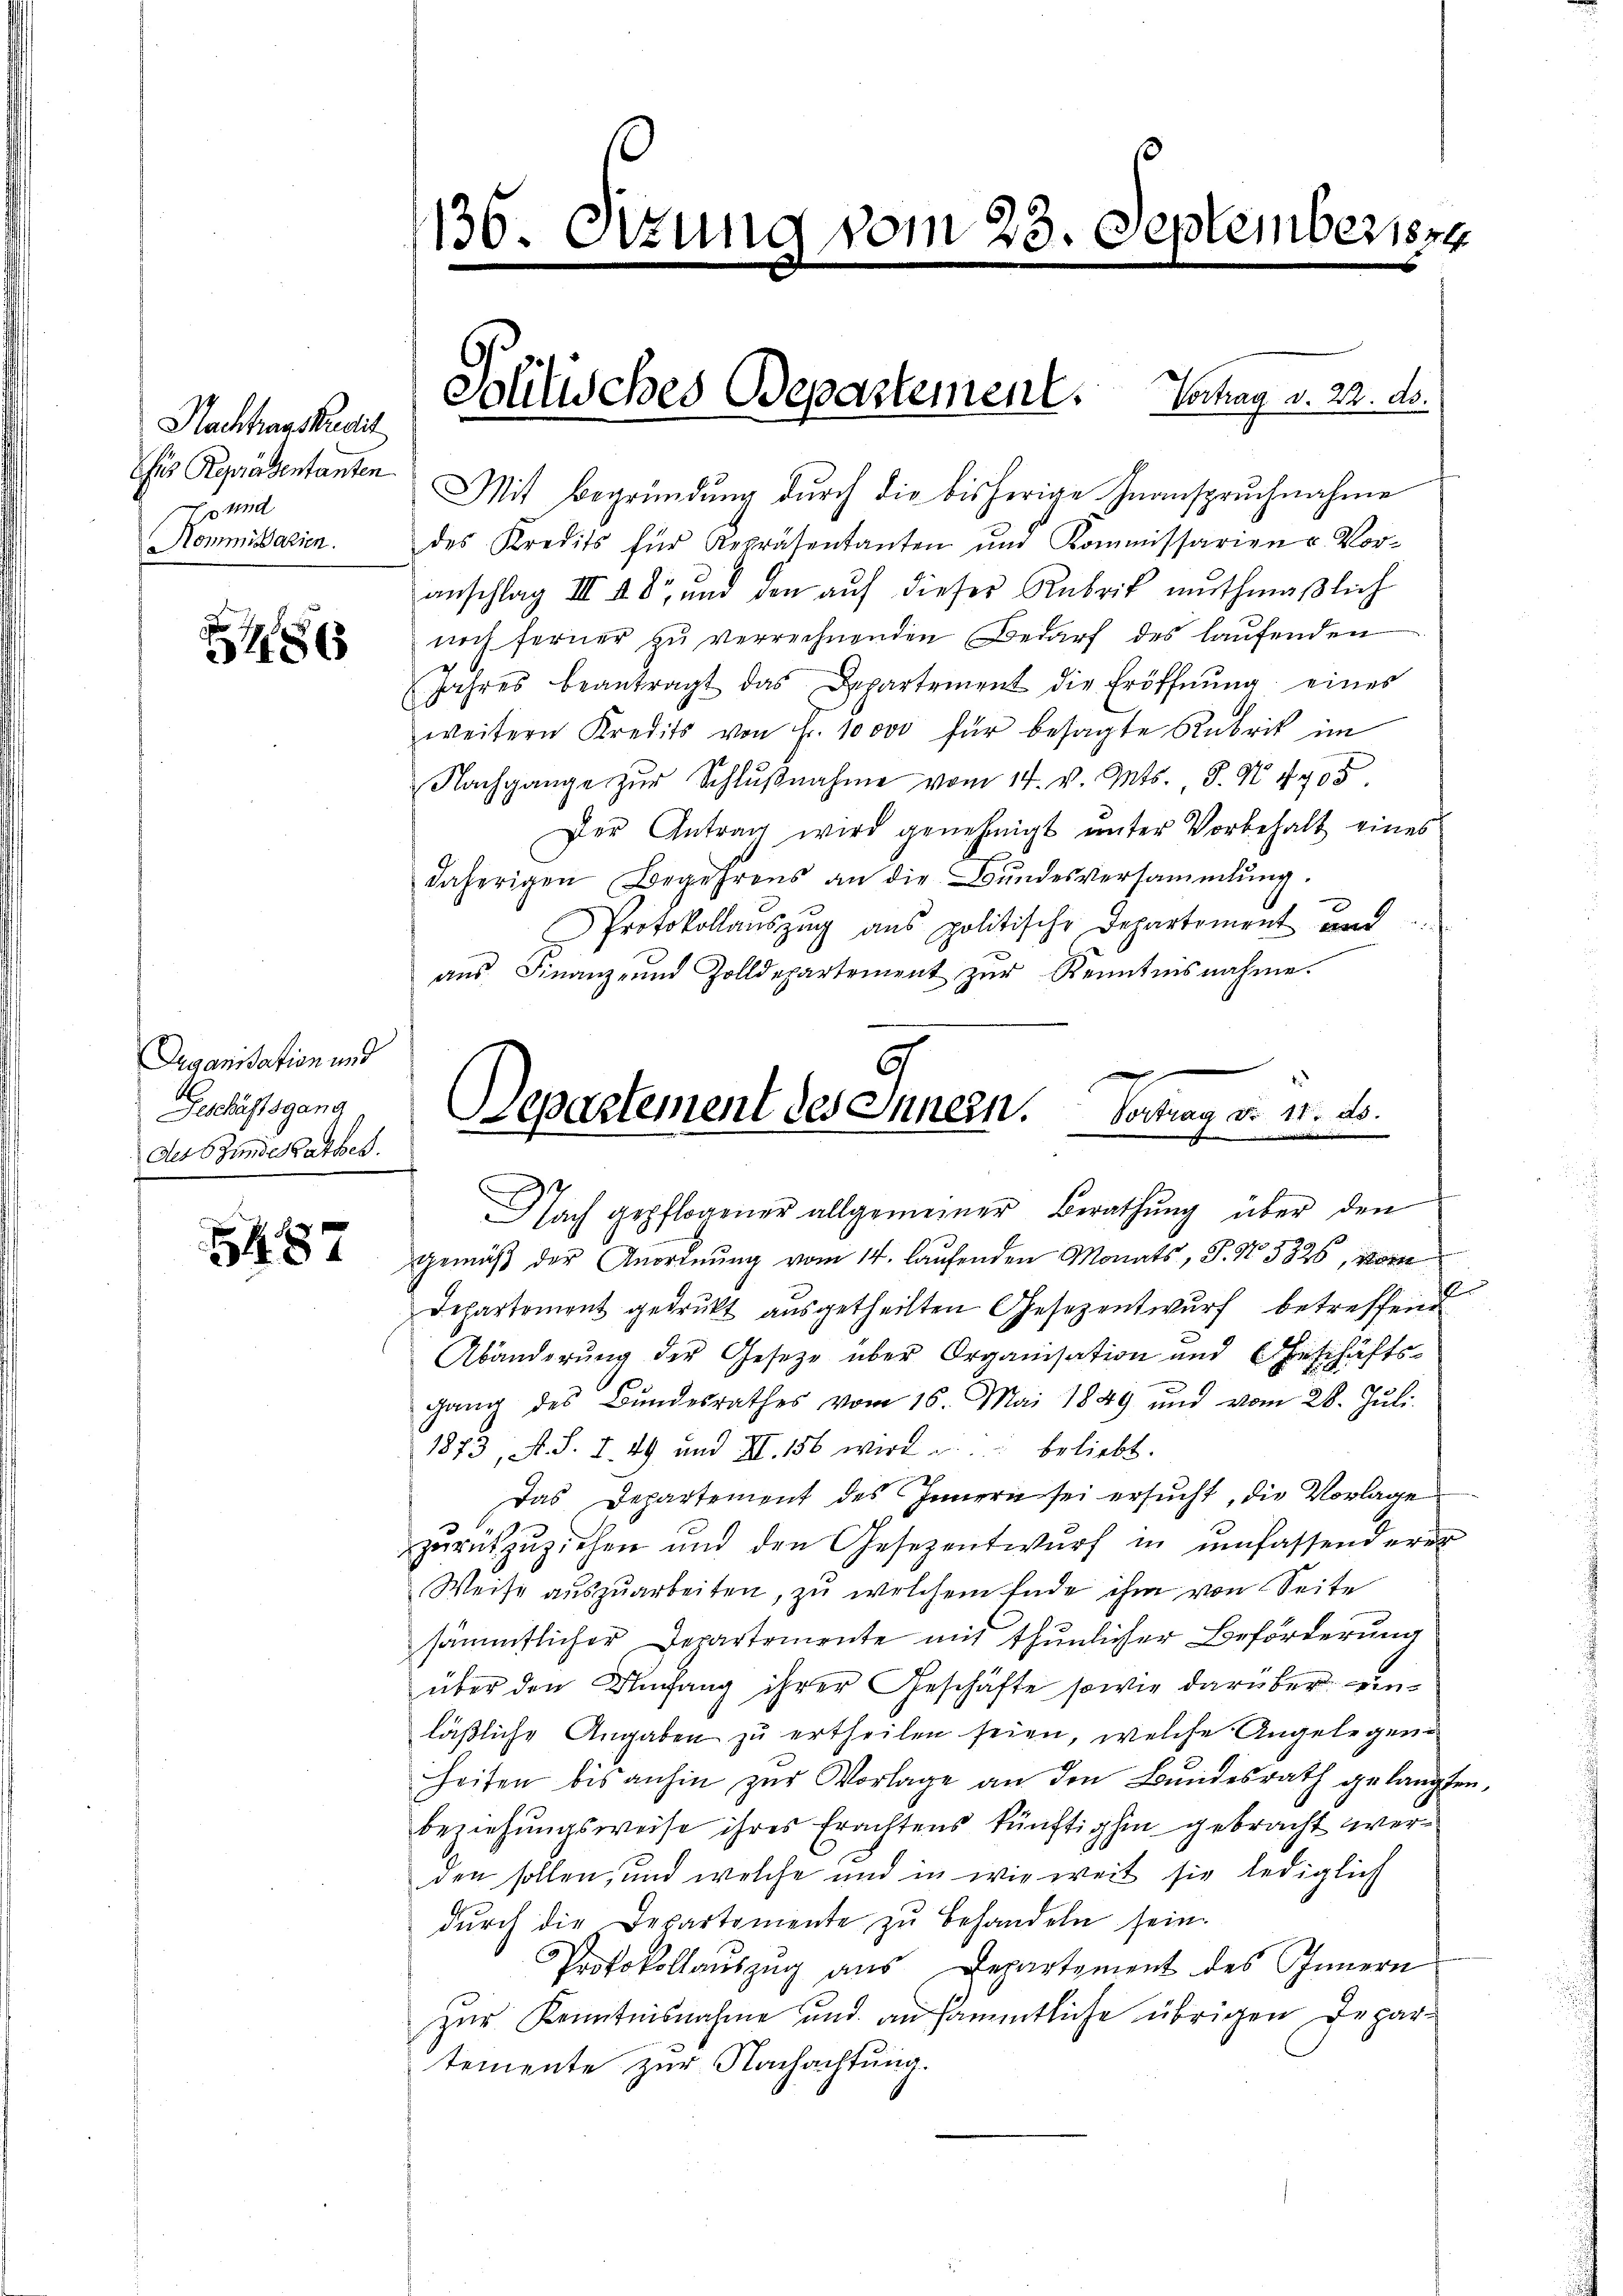
Nachhaustredit
is Repräsentanten
Es und
Kommißarien.

86

Organisation und
Geschäftsgang
Der Stundes Pathes.

5487

130. Sitzung vom 23. September s
e

Mit Begründung durch die bisherige Inanspruchnahme
des Kredits für Repräsentanten und Kommissarien u Vor-
anschlag III u. dr und den auf dieses Rubrik muthmaßlich
noch ferner zŭ verrechnenden Bedarf des laŭfenden
Jahres beantragt das Departement die Eröffnung eines
weitern Kredits von Fr. 10000 für besagte Rubrik im
Nachgange zŭr Schlŭβnahme vom 14. v. Mts. S. N. 4705.
Der Antrag wird genehmigt ŭnter Vorbehalt eines
daherigen Begehrens an die Bŭndesversammlung.
Protokollaŭszŭg ans politische Departement und
aŭs. Finanz- und Zolldepartement zŭr Kenntnisnahme.

Solitisches Departement. Vortrag v. 22. ds.

9
h
Separtement des Innern. Vortrag Fr. 11. ds.
e
Nach gepflogener allgemeiner Berathung über den

gemäß der Anordnung vom 14. laufenden Monats, S. Nr. 3326, Korn
Departement gedrukt ausgetheilten Gesezentwurf betreffend
Abänderung der Gesetze über Organisation und Geschäftsgang des Bŭndesrathes vom 16. Mai 1849 und vom 28. Jŭli
1873, A. S. I. 49 und II. 156 wird u. beliebt.
Das Departement des Innern sei ersucht, die Vorlage
zurückzuziehen und den Gesezentwurf in umfassenderer
Weise auszuarbeiten, zu welchem Ende ihm von Seite
sämmtlicher Departemente mit thunlicher Beförderung
über den Umfang ihrer Geschäfte sowie darüber einläßliche Angaben zu ertheilen seien, welche Angelegen-
heiten bis anhin zŭr Vorlage an den Bŭndesrath gelangten,
beziehungsweise ihres Erachtens künftighin gebracht werden sollen, und welche und in wie weit sie lediglich
dŭrch die Departemente zu behandeln sein.
Protokollaŭszŭg aŭs Departement des Innern
zur Kenntnisnahme und an sämmtliche übrigen Departemente zur Nachachtung.